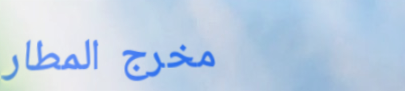
مخرج المطار